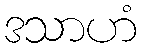
ဒသာဟံ